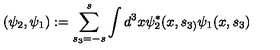
( \psi _ { 2 } , \psi _ { 1 } ) : = \sum _ { s _ { 3 } = - s } ^ { s } \int d ^ { 3 } x \psi _ { 2 } ^ { * } ( x , s _ { 3 ) } \psi _ { 1 } ( x , s _ { 3 } )